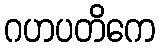
ဂဟပတိကေ